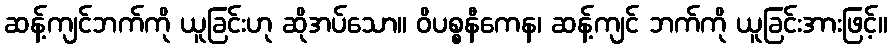
ဆန့်ကျင်ဘက်ကို ယူခြင်းဟု ဆိုအပ်သော။ ဝိပစ္စနီကေန၊ ဆန့်ကျင် ဘက်ကို ယူခြင်းအားဖြင့်။